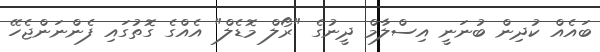
ބައެއް ކުދިން ބުނަނީ އިސްލާމް ދީނުގެ "ރޯލް މޮޑެލް" އެއްގެ ގޮތުގައި ފެންނަންޖެހޭ